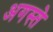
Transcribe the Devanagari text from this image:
अगस्ते